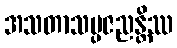
အသတာသမ္ပဇညန္တိဿ